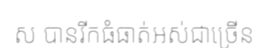
ស បានរីកធំធាត់អស់ជាច្រើន